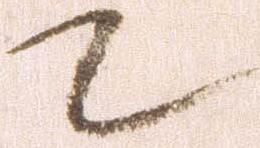
て